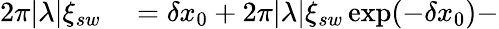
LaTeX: \begin{array}{rl}{2\pi|\lambda|\xi_{sw}}&{{}=\delta x_{0}+2\pi|\lambda|\xi_{sw}\exp(-\delta x_{0})-}\end{array}